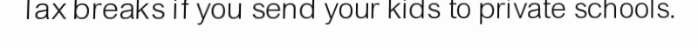
Tax breaks if you send your kids to private schools.